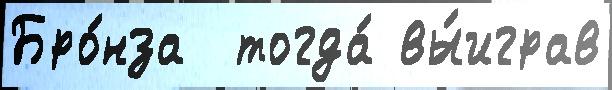
Бро́нза  тогда́ вы́играв